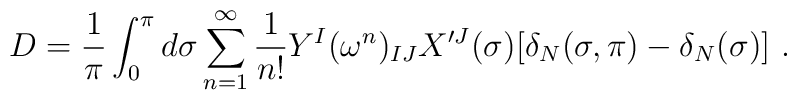
D=\frac{1}{\pi}\int_0^{\pi}d\sigma \sum_{n=1}^{\infty}\frac{1}{n!}Y^I(\omega^n)_{IJ}X'^J(\sigma)[\delta_N (\sigma,\pi)-\delta_N (\sigma) ] \ .